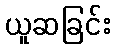
ယူဆခြင်း